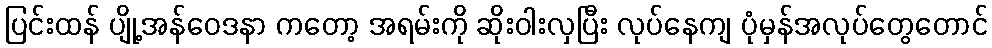
ပြင်းထန် ပျို့အန်ဝေဒနာ ကတော့ အရမ်းကို ဆိုးဝါးလှပြီး လုပ်နေကျ ပုံမှန်အလုပ်တွေတောင်